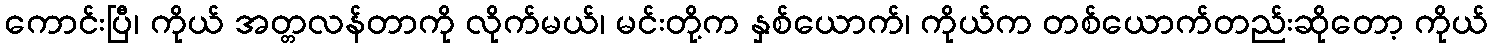
ကောင်းပြီ၊ ကိုယ် အတ္တလန်တာကို လိုက်မယ်၊ မင်းတို့က နှစ်ယောက်၊ ကိုယ်က တစ်ယောက်တည်းဆိုတော့ ကိုယ်